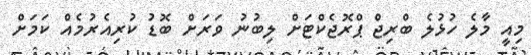
މިއީ މާލެ ހުޅުލެ ބްރިޖް ޕްރޮޖެކްޓަށް ލިބުނު ވަަރަށް ބޮޑު ކުރިއެރުމެއް ކަމަށް